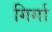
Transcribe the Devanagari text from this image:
गिर्गा